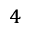
^ 4